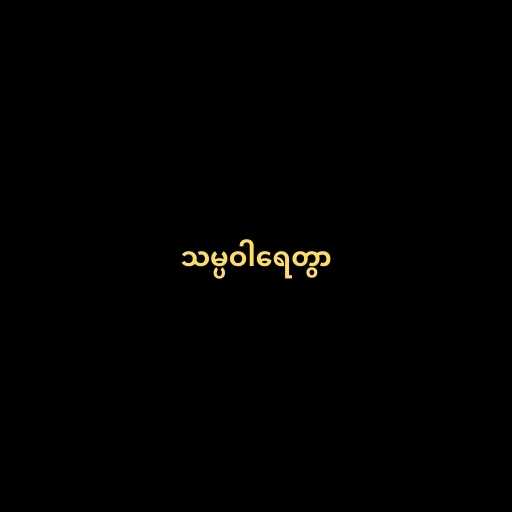
သမ္ပဝါရေတွာ